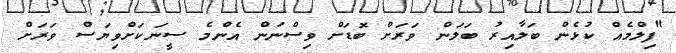
"ފިލްމެއް ކުޅެން ބަލާއިރު ބަލަން ވަރަށް ބޮޑަށް ވިސްނަން އެންމެ ސީނަކަށްވިޔަސް ވަރަށް